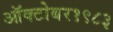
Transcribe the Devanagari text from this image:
ऑक्‍टोबर१९८३